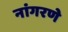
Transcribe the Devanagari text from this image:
नांगरणे